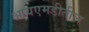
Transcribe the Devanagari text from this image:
आयएमडीतील